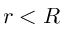
r < R